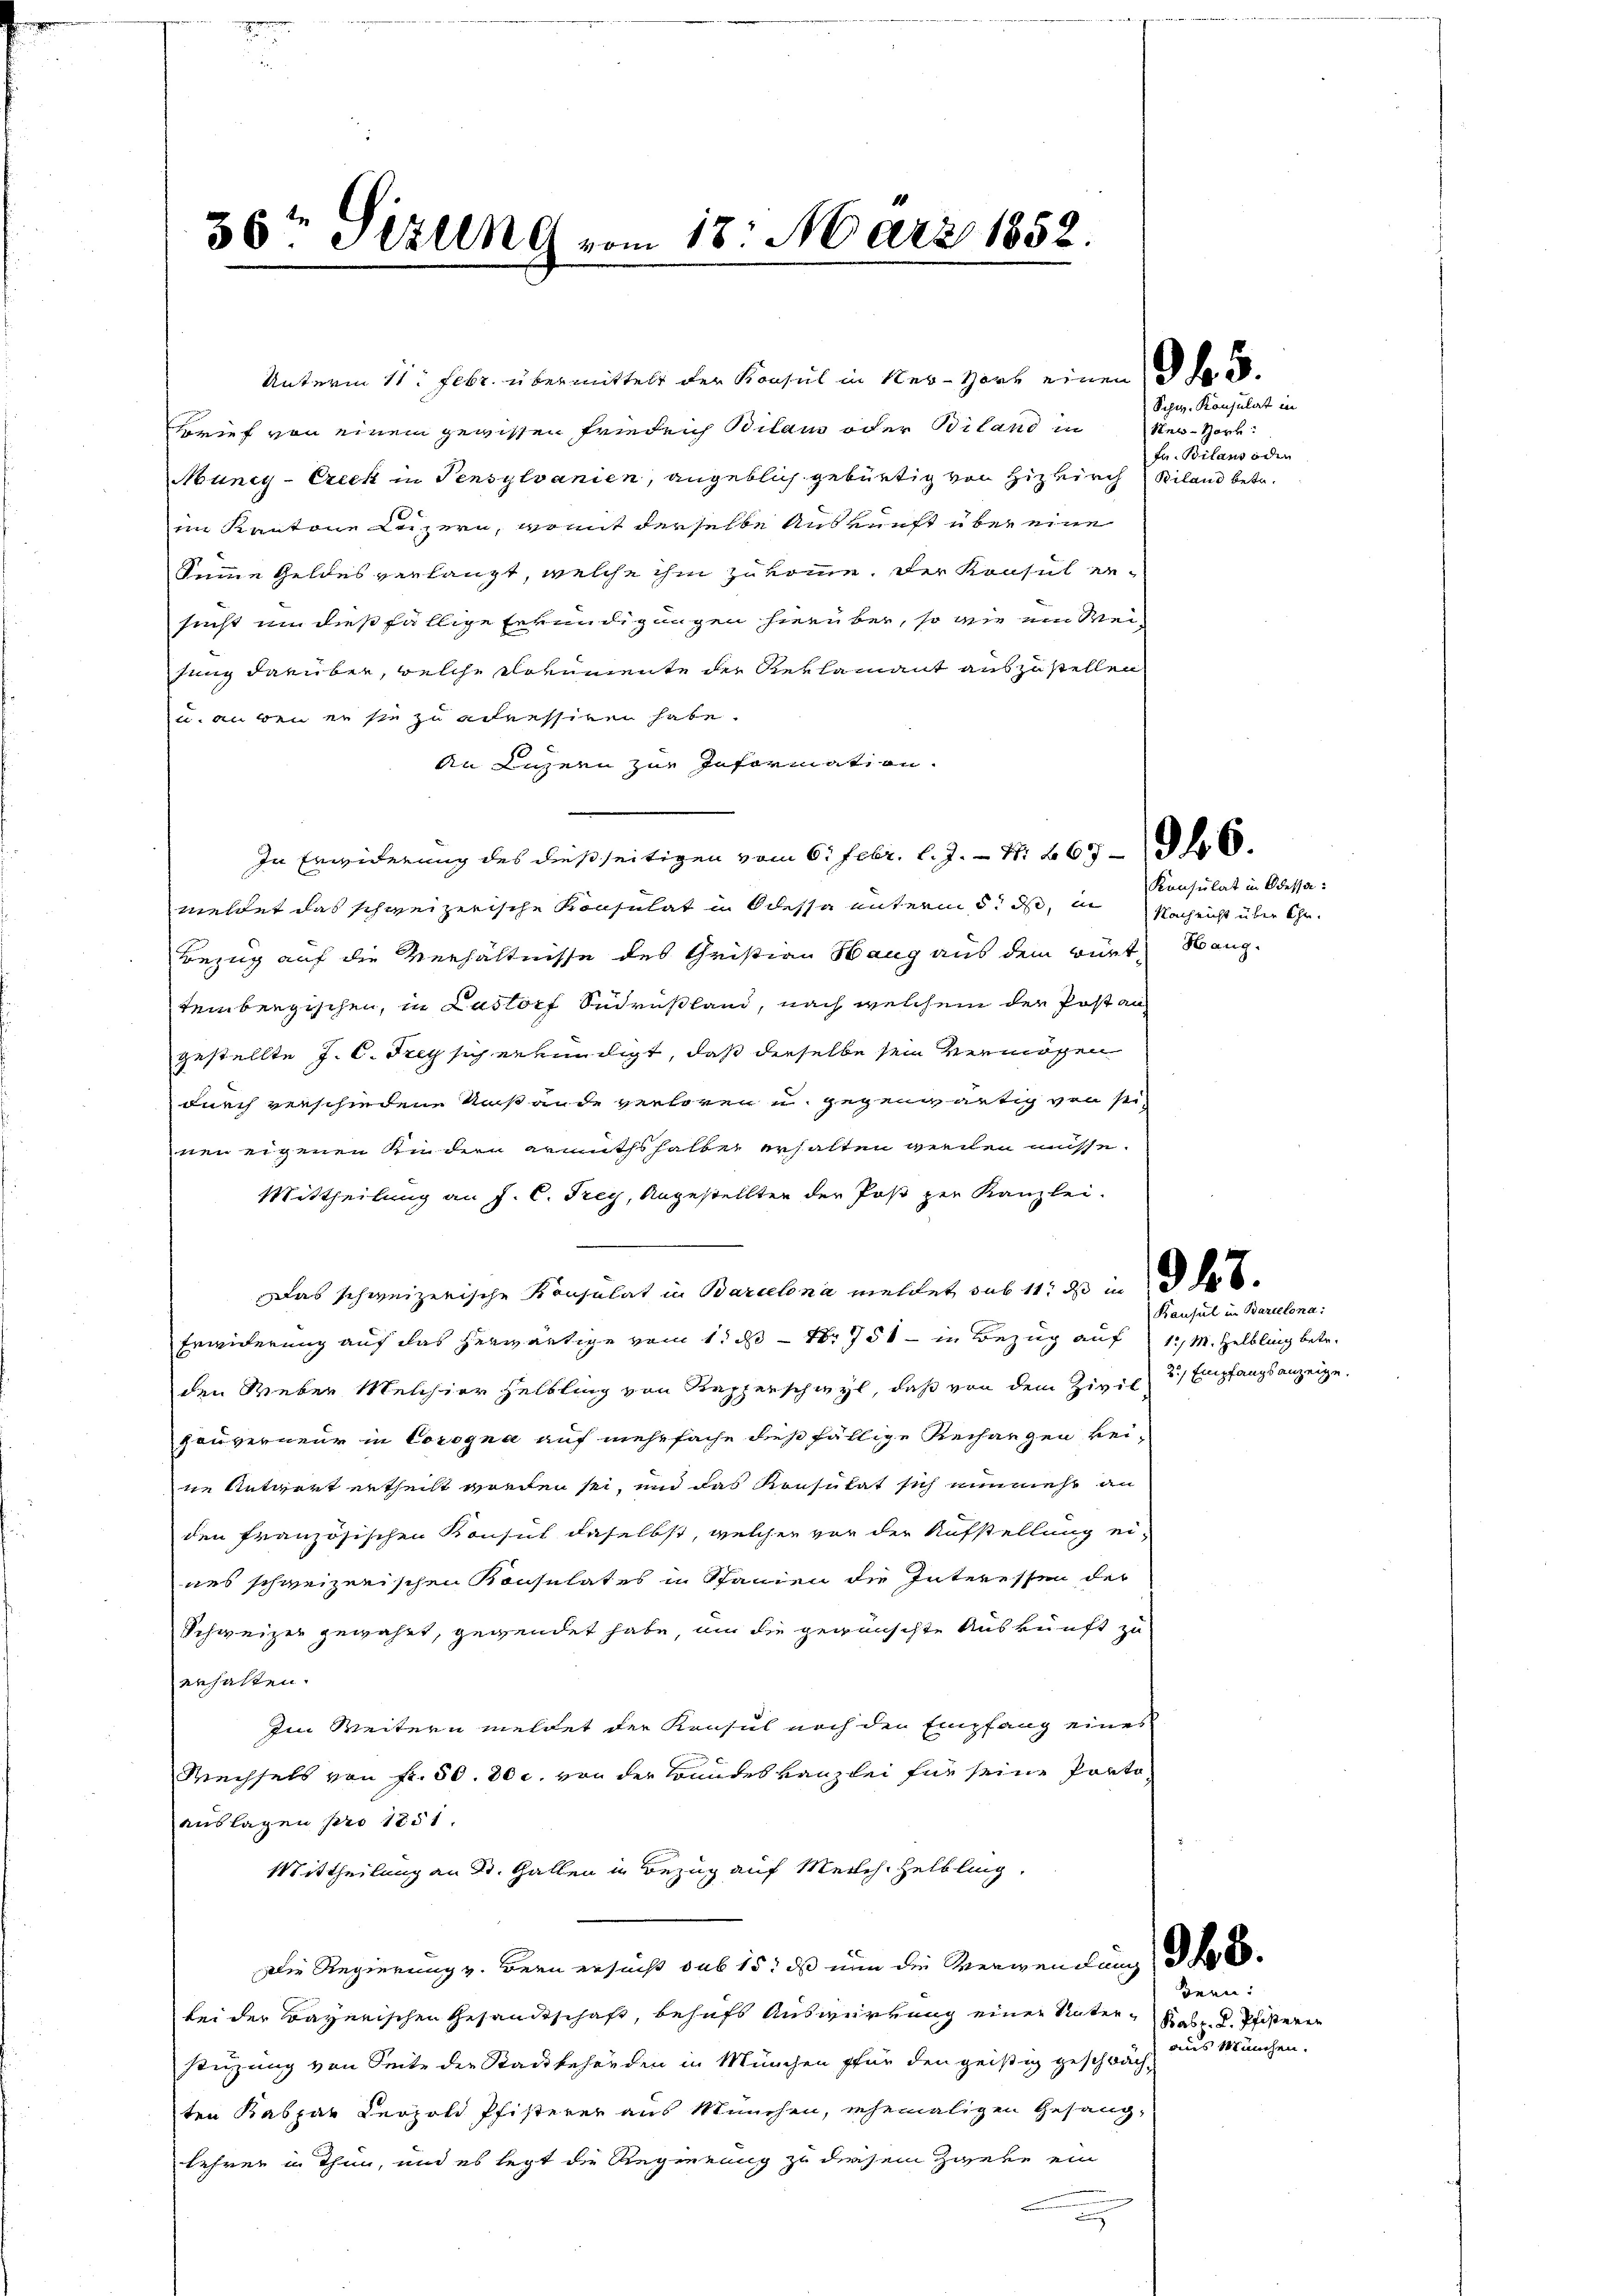
30ten Sizung vom 18. März 1852.

Brief von einem gewissen Friedrich Bilaus oder Biland in Ner-Hork:
Muncy-Creck in Pensylvanien, angeblich gebürtig von Hizkirch
im Kantone Luzern, womit derselbe Auskunft über eine
Summe Geldes verlangt, welche ihm zukomme, der Konsul er-
sucht um dießfällige Erkundigungen hierüber, so wie ein Meifung darüber, welche Dokumente der Reklamant auszustellen
u. an den er sie zu adressiren habe.
An Luzern zur Information.
In Erwiderung des dießseitigen vom 6. Febr. l. J. - N: 663 - 16.
meldet das schweizerische Konsulat in Odessa unterm 5. ds, in
Bezug auf die Verhältnisse des Christian Hang aus dem Bürt, Sang-
tembergischen, in Lastorf Sucrußland, nach welchem der Postan
gestellte J. C. Frey sich erkundigt, daß dieselbe sein vermögen
durch verschiedene Umstände verloren u. gegenwärtig von seinen eigenen Andern ermuthshalber erhalten werden müsse.
Mittheilung an J. C. Frey, Angestellten der Post per Kanzlei-
Das schweizerische Konsulat in Barcelona meldet, aus 111 das in des
Erwiderung auf das herwärtige vom 1. d. - Nr 751 - in Bezug auf 1. M. Helbling betr.
den Weber Melchior Helbling von Rapperschwyl, daß von dem Zivil 3) Empfangsanzeige
zauverneur in Corogna auf mehrfache dießfällige Rechangen kei-
ne Antwort ertheilt worden sei, und das Konsulat sich nunmehr an
den französischen Konsul daselbst, welcher vor der Aufstellung ei-
nes schweizerischen Konsulates in Spanien die Interessen der
Schweizer gewährt, gegendet habe, um die gewünschte Auskunft zu
erhalten.
Im Weitern meldet der Konsul noch den Empfang eines
Rechsels von Fr. 50. 30 c. von der Bundeskanzlei für seine Portoauslagen pro 1851.
Mittheilung an St. Gallen in Bezug auf Merch Helbling.
Die Regierung v. Bern ersucht sub 15. ds nun die Verwendung des
bei der Bayerischen Gesandtschaft, behufs Auswirkung einer Unterstüzung von Seite der Stadtbehörden in München für den geistig geschwäch-
ten Kaspar Leopold Pfisterer aus München, ehemaligen Gesang-
lehren u. Thun, und es legt die Regierung zu diesem Zweke ein
e

Unterm 11. Febr. übermittelt der Konsul in Ner-Hort einen d. d. d.

Schw. Konsulat in
fr. Bilans oder
Biland betr.

Konsulat in Odessa:
Nachricht über Chr.

Konsul in Barcelona:

Iern:
Kabr. d. Pfisteren
aus München.